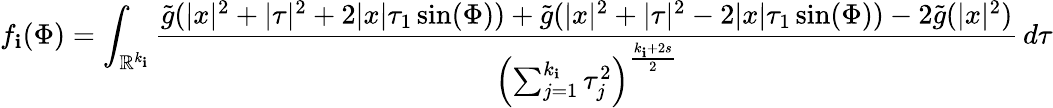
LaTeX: f_{\mathbf{i}}(\Phi)=\int_{\mathbb{{R}}^{k_{\mathbf{i}}}}\frac{{\tilde{{g}}(|x|^{2}+|\tau|^{2}+2|x|\tau_{1}\sin(\Phi))+\tilde{{g}}(|x|^{2}+|\tau|^{2}-2|x|\tau_{1}\sin(\Phi))-2\tilde{{g}}(|x|^{2})}}{{\left(\sum_{j=1}^{k_{\mathbf{i}}}\tau_{j}^{2}\right)^{\frac{{k_{\mathbf{i}}+2s}}{{2}}}}}\, d\tau